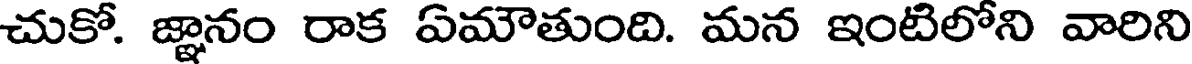
చుకో. జ్ఞానం రాక ఏమౌతుంది. మన ఇంటిలోని వారిని